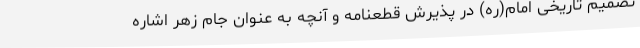
تصمیم تاریخی امام(ره) در پذیرش قطعنامه و آنچه به عنوان جام زهر اشاره